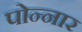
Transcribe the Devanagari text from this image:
पोन्नार